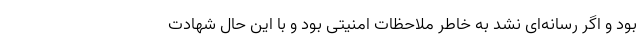
بود و اگر رسانه‌ای نشد به خاطر ملاحظات امنیتی بود و با این حال شهادت